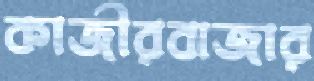
কাজীরবাজার